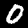
Label: 0